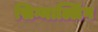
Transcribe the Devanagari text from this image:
सिग्नाल्लिंग